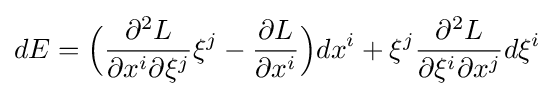
dE={\Big (}{\frac {\partial ^{2}L}{\partial x^{i}\partial \xi ^{j}}}\xi ^{j}-{\frac {\partial L}{\partial x^{i}}}{\Big )}dx^{i}+\xi ^{j}{\frac {\partial ^{2}L}{\partial \xi ^{i}\partial x^{j}}}d\xi ^{i}